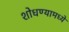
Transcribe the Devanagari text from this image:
शोधण्यामध्ये